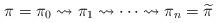
LaTeX: \begin{align*}\pi = \pi_0 \rightsquigarrow \pi_1 \rightsquigarrow \cdots \rightsquigarrow \pi_n = \widetilde{\pi}\end{align*}